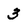
Character: 3